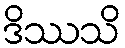
ဒိဿသိ